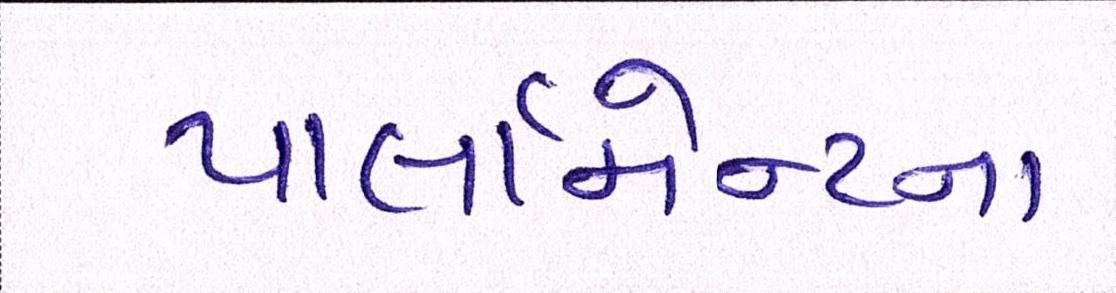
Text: પાર્લામેન્ટના